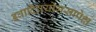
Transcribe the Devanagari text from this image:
इवादिप्रयोगसापेक्ष